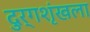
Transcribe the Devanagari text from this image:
दुर्गशृंखला